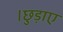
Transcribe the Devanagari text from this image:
।छुड़ाए